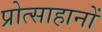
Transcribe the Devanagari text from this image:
प्रोत्साहानों